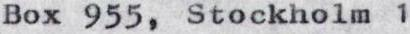
Box 955, Stockholm 1